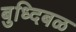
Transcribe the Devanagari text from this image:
बुध्दिबळ